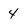
Character: 4